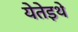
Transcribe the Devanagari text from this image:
येतेइथे